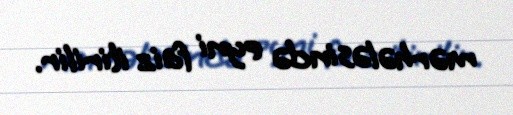
mərhələsində eyni faiz itirilir.